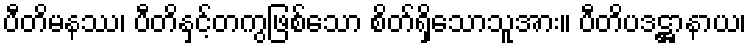
ပီတိမနဿ၊ ပီတိနှင့်တကွဖြစ်သော စိတ်ရှိသောသူအား။ ပီတိပဒဋ္ဌာနာယ၊